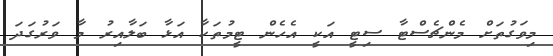
މިވަގުތަށް މެންޗެސްޓާ ސިޓީ އަކީ އެހެން ޓީމުތަކާ އަޅާ ބަލާއިރު މާ ވަރުގަދަ